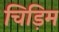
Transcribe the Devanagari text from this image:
चिड़िम